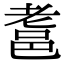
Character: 𨚻